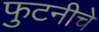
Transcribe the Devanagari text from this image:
फुटनीचे